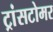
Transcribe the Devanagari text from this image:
ट्रांसटोमर